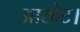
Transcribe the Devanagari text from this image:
आखेट।